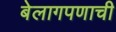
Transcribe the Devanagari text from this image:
बेलागपणाची